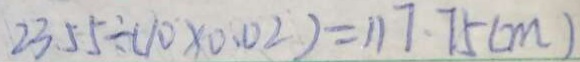
2 3 . 5 5 \div ( 1 0 \times 0 . 0 2 ) = 1 1 7 . 7 5 ( m )